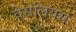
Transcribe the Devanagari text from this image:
वेसेलियस